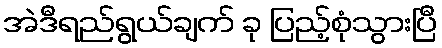
အဲဒီရည်ရွယ်ချက် ခု ပြည့်စုံသွားပြီ